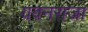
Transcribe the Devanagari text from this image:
यवनराजा